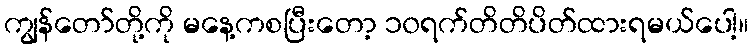
ကျွန်တော်တို့ကို မနေ့ကစပြီးတော့ ၁၀ရက်တိတိပိတ်ထားရမယ်ပေါ့။